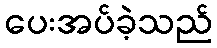
ပေးအပ်ခဲ့သည်